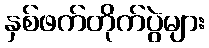
နှစ်ဖက်တိုက်ပွဲများ